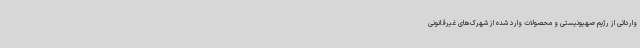
وارداتی از رژیم صهیونیستی و محصولات وارد شده از شهرک‌های غیرقانونی